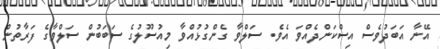
އޭނާ އަބަދުވެސް އިސްކަންދެއްވަ އެވެ. ސަލްވާ ގެންގުޅުއްވާ މިއުސޫލުގެ ސަބަބުން ސަލްވާގެ ފަރާތުން